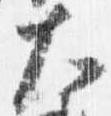
大